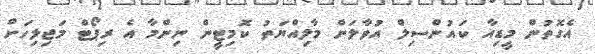
އެގޮތުން މީޑިއާ ކައުންސިލް އުވާލަން މާލިއްޔަތު ކޮމިޓީން ނިންމާ އެ ރިޕޯޓް މަޖިލިހަށް